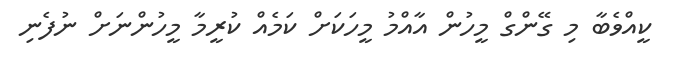
ކީއްވެބާ މި ގޭންގް މީހުން އާއްމު މީހަކަށް ކަމެއް ކުރީމާ މީހުންނަށް ނުފެނި